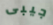
جيبى